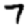
Digit: 7